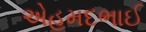
એહમદભાઈ